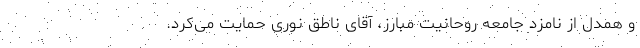
و همدل از نامزد جامعه روحانیت مبارز، آقای ناطق نوری حمایت می‌کرد.